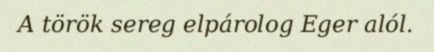
A török sereg elpárolog Eger alól.